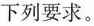
下列要求。